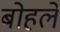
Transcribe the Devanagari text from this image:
बोहले